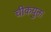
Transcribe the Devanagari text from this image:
चीकयुक्त